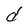
Character: d